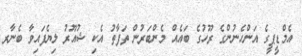
އެމްޑީޕީގެ އަންހެނުންގެ ރޫހުގެ ބައެއް މެންބަރުން ތަފާތު އެކި ޝުއޫރު ލިޔެފައިވާ ބެނާރ